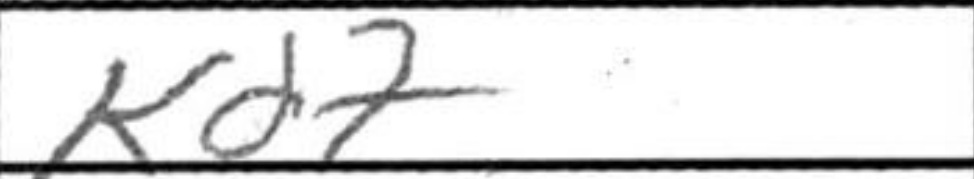
Transcription: Kd7